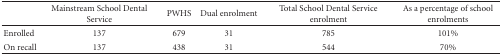
<table><thead><tr><td></td><td><b>Mainstream School Dental Service</b></td><td><b>PWHS</b></td><td><b>Dual enrolment</b></td><td><b>Total School Dental Service enrolment</b></td><td><b>As a percentage of school enrolments</b></td></tr></thead><tbody><tr><td>Enrolled</td><td>137</td><td>679</td><td>31</td><td>785</td><td>101%</td></tr><tr><td>On recall</td><td>137</td><td>438</td><td>31</td><td>544</td><td>70%</td></tr></tbody></table>